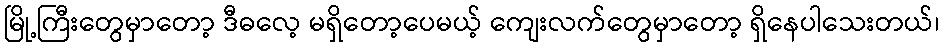
မြို့ကြီးတွေမှာတော့ ဒီဓလေ့ မရှိတော့ပေမယ့် ကျေးလက်တွေမှာတော့ ရှိနေပါသေးတယ်၊